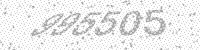
Solution: 995505